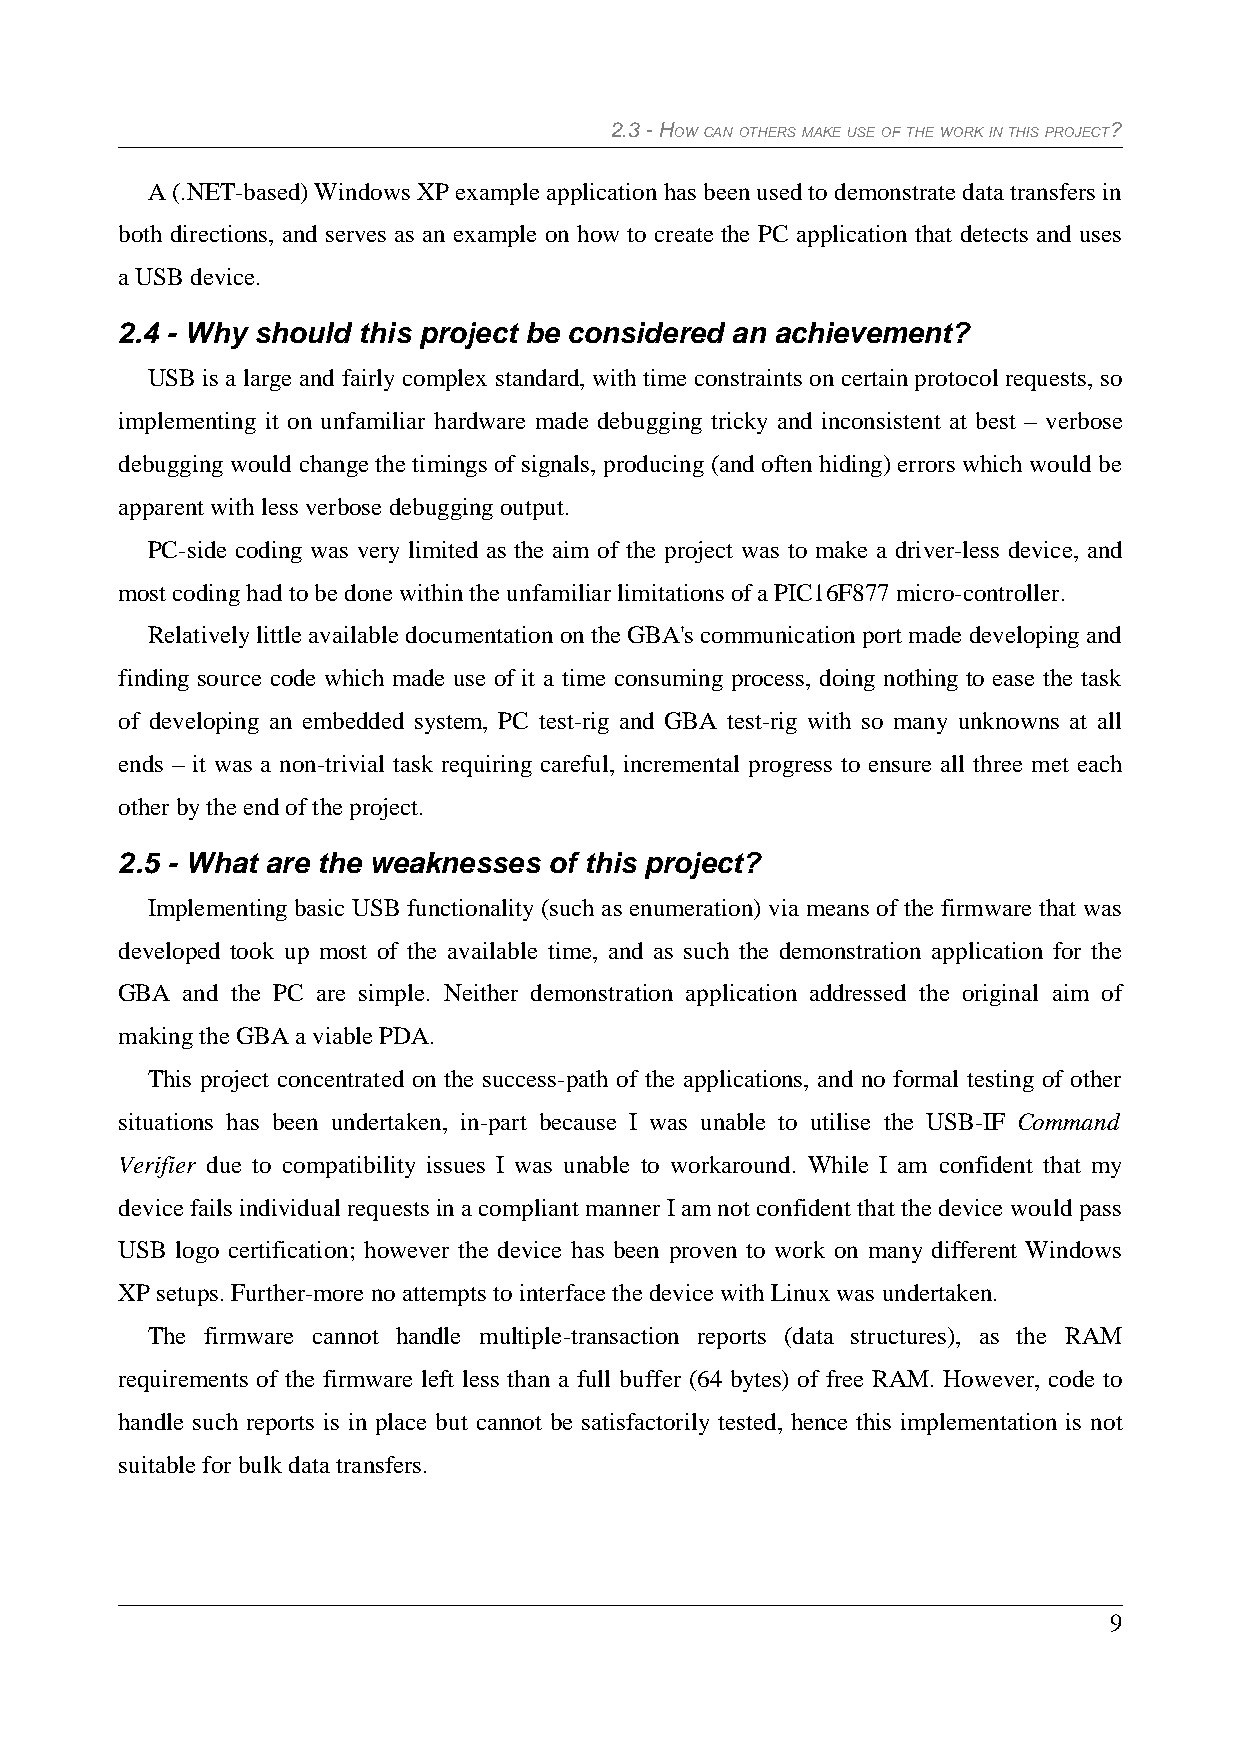
2.3 - HOW CAN OTHERS MAKE USE OF THE WORK IN THIS PROJECT?
 A (.NET-based) Windows XP example application has been used to demonstrate data transfers in
 both directions, and serves as an example on how to create the PC application that detects and uses
 a USB device.
 2.4 - Why should this project be considered an achievement?
 USB is a large and fairly complex standard, with time constraints on certain protocol requests, so
 implementing it on unfamiliar hardware made debugging tricky and inconsistent at best – verbose
 debugging would change the timings of signals, producing (and often hiding) errors which would be
 apparent with less verbose debugging output.
 PC-side coding was very limited as the aim of the project was to make a driver-less device, and
 most coding had to be done within the unfamiliar limitations of a PIC16F877 micro-controller.
 Relatively little available documentation on the GBA's communication port made developing and
 finding source code which made use of it a time consuming process, doing nothing to ease the task
 of developing an embedded system, PC test-rig and GBA test-rig with so many unknowns at all
 ends – it was a non-trivial task requiring careful, incremental progress to ensure all three met each
 other by the end of the project.
 2.5 - What are the weaknesses of this project?
 Implementing basic USB functionality (such as enumeration) via means of the firmware that was
 developed took up most of the available time, and as such the demonstration application for the
 GBA and the PC are simple. Neither demonstration application addressed the original aim of
 making the GBA a viable PDA.
 This project concentrated on the success-path of the applications, and no formal testing of other
 situations has been undertaken, in-part because I was unable to utilise the USB-IF Command
 Verifier due to compatibility issues I was unable to workaround. While I am confident that my
 device fails individual requests in a compliant manner I am not confident that the device would pass
 USB logo certification; however the device has been proven to work on many different Windows
 XP setups. Further-more no attempts to interface the device with Linux was undertaken.
 The firmware cannot handle multiple-transaction reports (data structures), as the RAM
 requirements of the firmware left less than a full buffer (64 bytes) of free RAM. However, code to
 handle such reports is in place but cannot be satisfactorily tested, hence this implementation is not
 suitable for bulk data transfers.
 9